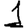
Digit: 1